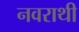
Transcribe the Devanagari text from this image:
नवराथी